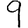
Digit: 9